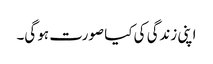
اپنی زندگی کی کیا صورت ہو گی۔